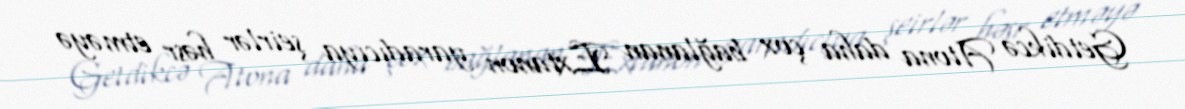
Getdikcə Atona daha çox bağlanan Extanon yaradıcıya şeirlər həsr etməyə